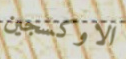
الاوكسجين